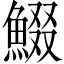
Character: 𩸯